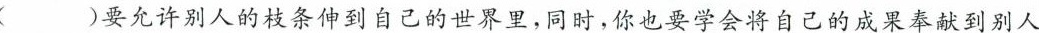
()要允许别人的枝条伸到自己的世界里，同时，你也要学会将自己的成果奉献到别人